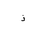
Letter: _thal